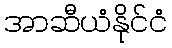
အာဆီယံနိုင်ငံ